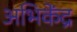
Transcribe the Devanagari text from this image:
अभिकेंद्र